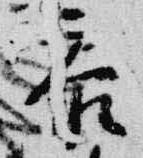
参